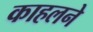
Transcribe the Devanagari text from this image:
काहलने